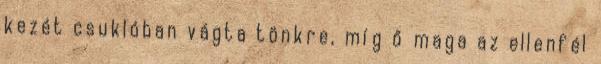
kezét csuklóban vágta tönkre, míg ő maga az ellenfél